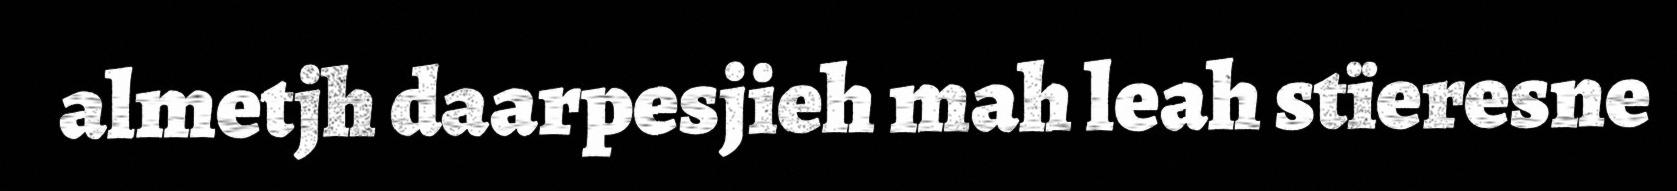
almetjh daarpesjieh mah leah stïeresne